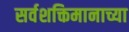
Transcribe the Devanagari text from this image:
सर्वशक्तिमानाच्या